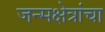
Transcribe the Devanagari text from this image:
जन्मक्षेत्रांचा